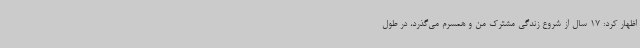
اظهار کرد: 17 سال از شروع زندگی مشترک من و همسرم می‌گذرد، در طول